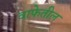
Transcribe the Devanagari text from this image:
वाफेतील